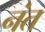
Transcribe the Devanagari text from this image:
नंत